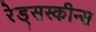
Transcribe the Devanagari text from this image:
रेड्सस्कीन्स